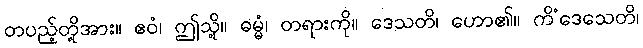
တပည့်တို့အား။ ဧဝံ၊ ဤသို့။ ဓမ္မံ၊ တရားကို။ ဒေသတိ၊ ဟော၏။ ကိံဒေသေတိ၊